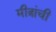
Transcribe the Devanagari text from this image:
मीत्रांची